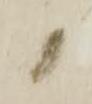
候